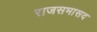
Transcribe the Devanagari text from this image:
राजसभासद